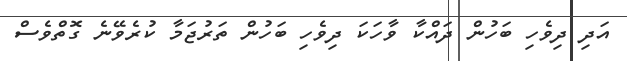
އަދި ދިވެހި ބަހުން ދައްކާ ވާހަކަ ދިވެހި ބަހުން ތަރުޖަމާ ކުރެވޭނެ ގޮތްވެސް